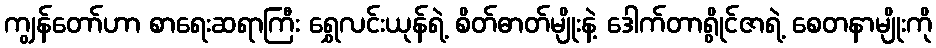
ကျွန်တော်ဟာ စာရေးဆရာကြီး ရွှေလင်းယုန်ရဲ့ စိတ်ဓာတ်မျိုးနဲ့ ဒေါက်တာရွိုင်ဇာရဲ့ စေတနာမျိုးကို